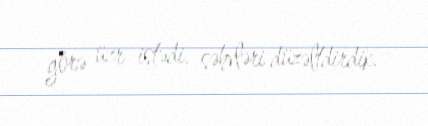
görə üzr istədi, səhvləri düzəltdirdik.